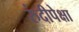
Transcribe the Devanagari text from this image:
रुंदीपेक्षा